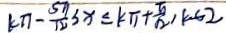
( k \pi - \frac { 5 \pi } { 1 2 } ) 3 x \leq k \pi + \frac { \pi } { 1 2 } , k \in 2